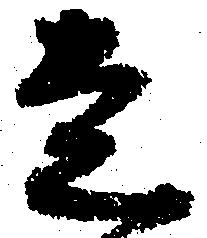
走